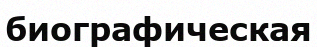
биографическая